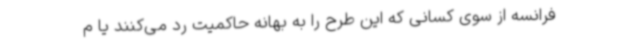
فرانسه از سوی کسانی که این طرح را به بهانه حاکمیت رد می‌کنند یا م